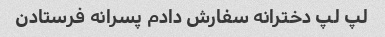
لپ لپ دخترانه سفارش دادم پسرانه فرستادن